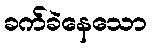
ခက်ခဲနေသော